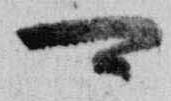
可